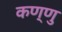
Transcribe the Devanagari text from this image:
कण्णु